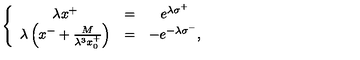
\left\{ \begin{array} { c c c } { \lambda x ^ { + } } & { = } & { e ^ { \lambda \sigma ^ { + } } } \\ { \lambda \left( x ^ { - } + { \frac { M } { \lambda ^ { 3 } x _ { 0 } ^ { + } } } \right) } & { = } & { - e ^ { - \lambda \sigma ^ { - } } , } \\ \end{array} \right.